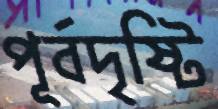
পূর্বদৃষ্টি